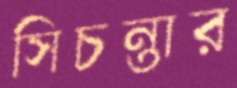
সিচন্তার